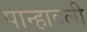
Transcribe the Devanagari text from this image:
पान्हावली